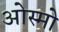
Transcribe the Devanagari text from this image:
ओस्मो